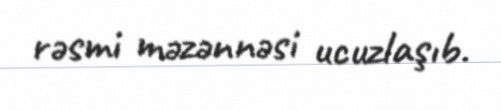
rəsmi məzənnəsi ucuzlaşıb.